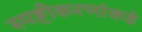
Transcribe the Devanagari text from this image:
स्पष्टीकरणांकडे